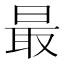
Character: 最